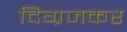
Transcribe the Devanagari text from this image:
दिग्रजकर